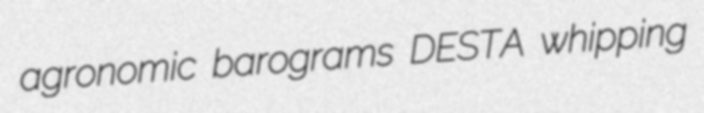
agronomic barograms DESTA whipping